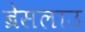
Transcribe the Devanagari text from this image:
ब्रेसलाउ